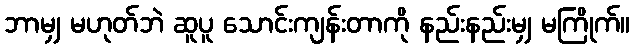
ဘာမျှ မဟုတ်ဘဲ ဆူပူ သောင်းကျန်းတာကို နည်းနည်းမျှ မကြိုက်။